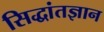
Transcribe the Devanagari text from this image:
सिद्धांतज्ञान